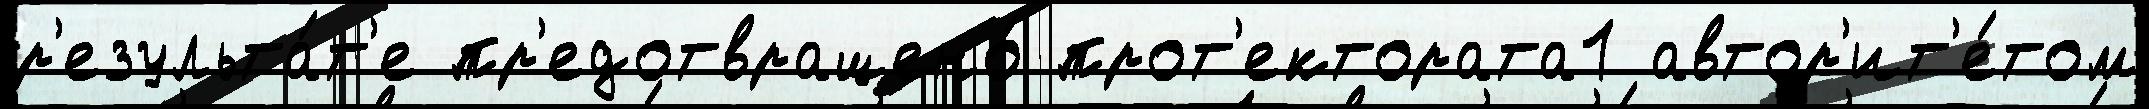
р'езульта́т'е пр'едотвращено́ прот'ектората1 автор'ит'е́том